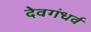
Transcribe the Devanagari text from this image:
देवगंधर्व